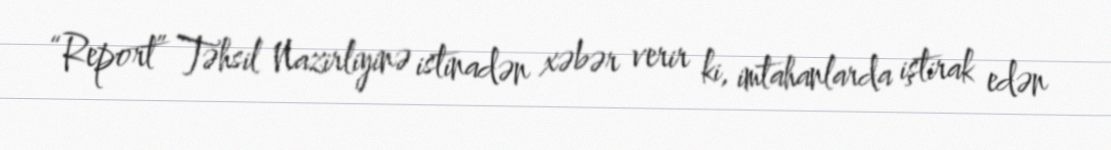
“Report” Təhsil Nazirliyinə istinadən xəbər verir ki, imtahanlarda iştirak edən